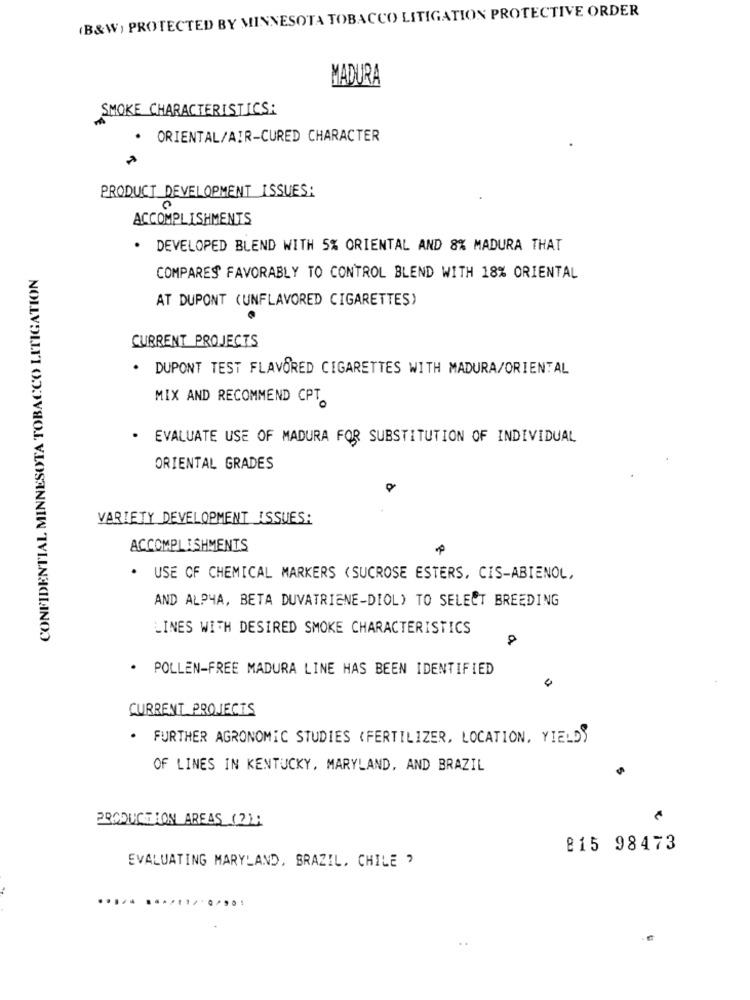
(B&W) PROTECTED BY MINNESOTA TOBACCO LITIGATION PROTECTIVE ORDER
MADURA
SMOKE CHARACTERISTICS :
· ORIENTAL/AIR-CURED CHARACTER
PRODUCT DEVELOPMENT ISSUES:
0
ACCOMPLISHMENTS
. DEVELOPED BLEND WITH 5% ORIENTAL AND 8% MADURA THAT
CONFIDENTIAL MINNESOTA TOBACCO LITIGATION
COMPARES FAVORABLY TO CONTROL BLEND WITH 18% ORIENTAL
AT DUPONT (UNFLAVORED CIGARETTES)
CURRENT PROJECTS
. DUPONT TEST FLAVORED CIGARETTES WITH MADURA/ORIENTAL
MIX AND RECOMMEND CPT
· EVALUATE USE OF MADURA FOR SUBSTITUTION OF INDIVIDUAL
ORIENTAL GRADES
VARIETY DEVELOPMENT ISSUES:
ACCOMPLISHMENTS
. USE OF CHEMICAL MARKERS (SUCROSE ESTERS, CIS-ABIENOL,
AND ALPHA, BETA DUVATRIENE-DIOL) TO SELECT BREEDING
LINES WITH DESIRED SMOKE CHARACTERISTICS
. POLLEN-FREE MADURA LINE HAS BEEN IDENTIFIED
CURRENT PROJECTS
. FURTHER AGRONOMIC STUDIES (FERTILIZER, LOCATION, YIELD)
OF LINES IN KENTUCKY, MARYLAND, AND BRAZIL
PRODUCTION AREAS (2);
815 98473
EVALUATING MARYLAND, BRAZIL. CHILE ,
..... ............!